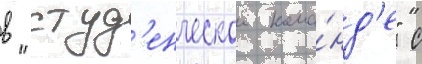
в "студ'енческои кома́нд'е" с